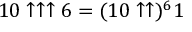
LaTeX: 1 0 \uparrow \uparrow \uparrow 6 = ( 1 0 \uparrow \uparrow ) ^ { 6 } 1